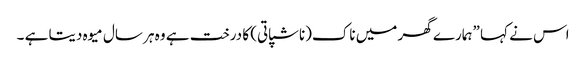
اس نے کہا ”ہمارے گھر میں ناک(ناشپاتی) کا درخت ہے وہ ہر سال میوہ دیتا ہے ۔